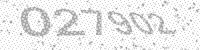
Solution: 027902